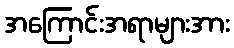
အကြောင်းအရာများအား